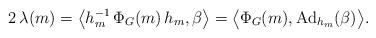
LaTeX: \begin{align*} 2\,\lambda (m) =\left\langle h_m^{-1} \,\Phi_G(m)\, h_m, \beta\right\rangle= \big\langle \Phi_G(m) , \mathrm{Ad}_{h_m} (\beta) \big\rangle.\end{align*}